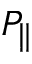
P _ { \parallel }